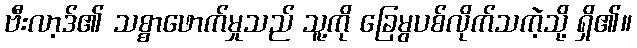
ဗီးလာ့ဒ်၏ သစ္စာဖောက်မှုသည် သူ့ကို ခြေမွပစ်လိုက်သကဲ့သို့ ရှိ၏။